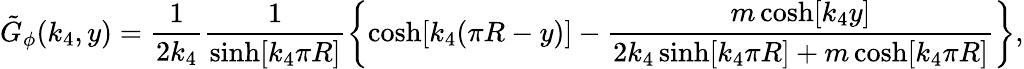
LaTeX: \tilde{G}_{\phi}(k_{4},y)=\frac{1}{2k_{4}}\frac{1}{\sinh[k_{4}\pi R]}\left\{ \cosh[k_{4}(\pi R-y)]-\frac{m\cosh[k_{4}y]}{2k_{4}\sinh[k_{4}\pi R]+m\cosh[k_{4}\pi R]}\right\} ,